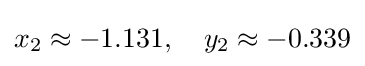
x_{2}\approx -1.131,\quad y_{2}\approx -0.339